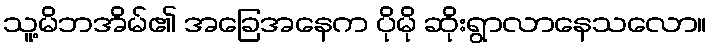
သူ့မိဘအိမ်၏ အခြေအနေက ပိုမို ဆိုးရွာလာနေသလော။